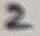
Text: 2